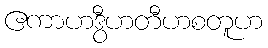
ဧကာဟဒွီဟတီဟစတူဟ